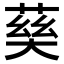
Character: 𡙠